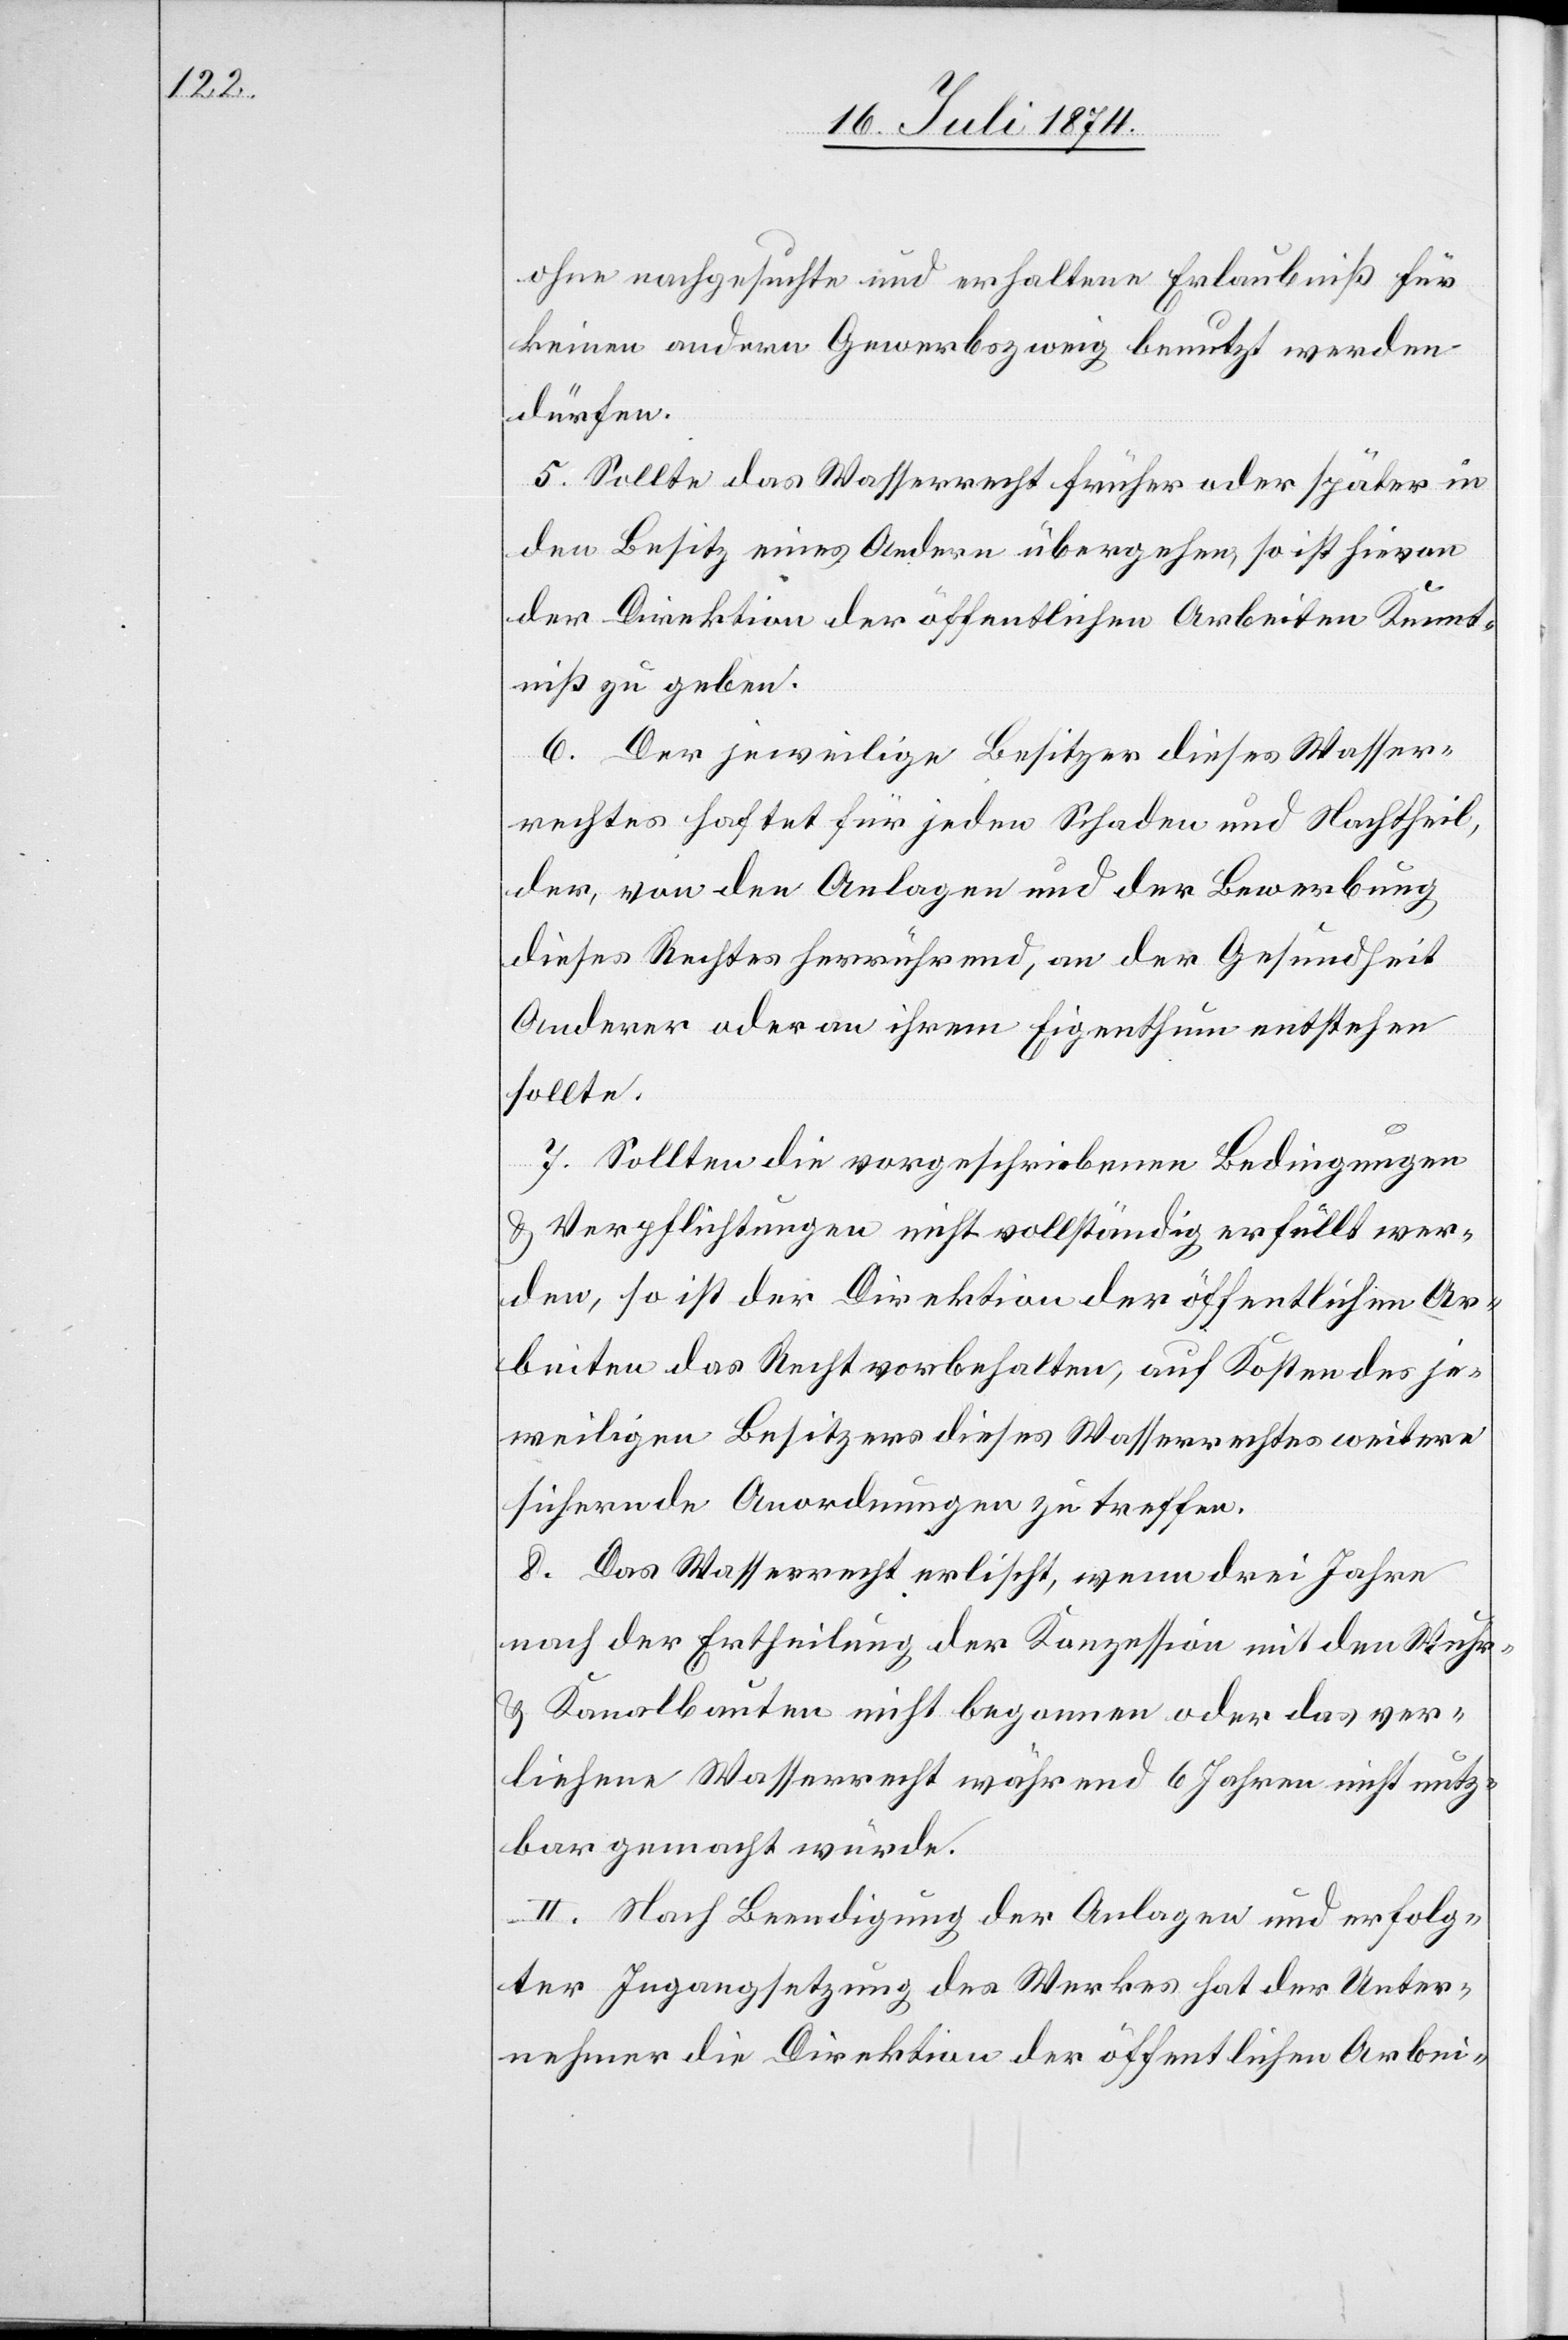
ohne nachgesuchte und erhaltene Erlaubniß für
keinen andern Gewerbszweig benutzt werden
dürfen.
5. Sollte das Wasserrecht früher oder später in
den Besitz eines Andern übergehen, so ist hievon
der Direktion der öffentlichen Arbeiten Kennt¬
niß zu geben.
6. Der jeweilige Besitzer dieses Wasser¬
rechtes haftet für jeden Schaden und Nachtheil,
der, von den Anlagen und der Bewerbung
dieses Rechtes herrührend, an der Gesundheit
Anderer oder an ihrem Eigenthum entstehen
sollte.
7. Sollten die vorgeschriebenen Bedingungen
u. Verpflichtungen nicht vollständig erfüllt wer¬
den, so ist der Direktion der öffentlichen Ar¬
beiten das Recht vorbehalten, auf Kosten des je¬
weiligen Besitzers dieses Wasserrechtes weitere
sichernde Anordnungen zu treffen.
8. Das Wasserrecht erlischt, wenn drei Jahre
nach der Ertheilung der Konzession mit den Wuhr-
u. Kanalbauten nicht begonnen oder das ver¬
liehene Wasserrecht während 6 Jahren nicht nutz¬
bar gemacht würde.
II. Nach Beendigung der Anlagen und erfolg¬
ter Ingangsetzung des Werkes hat der Unter¬
nehmer die Direktion der öffentlichen Arbei-